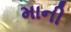
માની